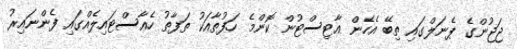
ޖަޖުންގެ ޕެނަލްގައި ތިބޭ އެހެން އާޓިސްޓުން ކޮންމެ ހަފުތާއަކު ތަފާތު ހެއާސްޓައިލެއްގައި ފެންނައިރު